Annual report of the Prince of Wales Medical College, Patna
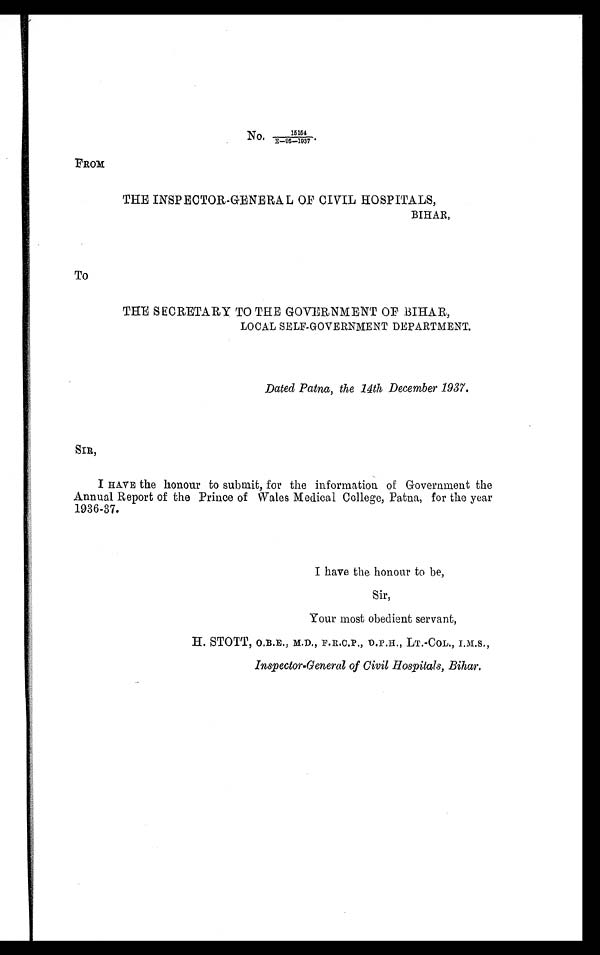
No.
15154
E—95—1937.
FROM
THE INSPECTOR-GENERAL OF CIVIL HOSPITALS,
BIHAR,
To
THE SECRETARY TO THE GOVERNMENT OF BIHAR,
LOCAL SELF-GOVERNMENT DEPARTMENT.
Dated Patna, the 14th December 1937.
S I R ,
I HAVE the honour to submit, for the information of Government the
Annual Report of the Prince of Wales Medical College, Patna, for the year
1936-37.
I have the honour to be,
Sir,
Your most obedient servant,
H. STOTT, O.B.E., M.D., F.R.C.P., D.P.H., LT.-COL., I.M.S.,
Inspector-General of Civil Hospitals, Bihar.